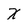
Character: X